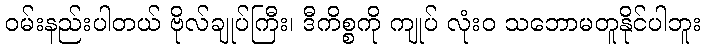
ဝမ်းနည်းပါတယ် ဗိုလ်ချုပ်ကြီး၊ ဒီကိစ္စကို ကျုပ် လုံးဝ သဘောမတူနိုင်ပါဘူး